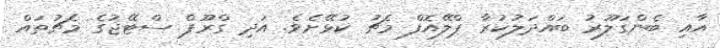
އާއި ބެންގަލޫރު ބައްދަލުކުރާ ޕްލޭއޮފް މެޗު ކުޅޭށެވެ. އަދި ގްރޫޕް ސްޓޭޖުގެ މެޗުތައް